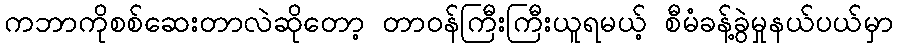
ကဘာကိုစစ်ဆေးတာလဲဆိုတော့ တာဝန်ကြီးကြီးယူရမယ့် စီမံခန့်ခွဲမှုနယ်ပယ်မှာ